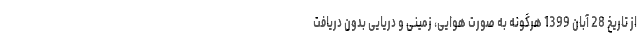
از تاریخ 28 آبان 1399 هرگونه به صورت هوایی، زمینی و دریایی بدون دریافت